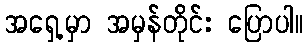
အရှေ့မှာ အမှန်တိုင်း ပြောပါ။